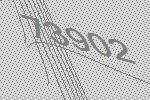
73902